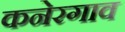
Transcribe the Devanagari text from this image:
कनेरगाव